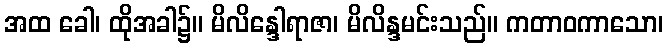
အထ ခေါ၊ ထိုအခါ၌။ မိလိန္ဒေါရာဇာ၊ မိလိန္ဒမင်းသည်။ ကတာဝကာသော၊